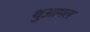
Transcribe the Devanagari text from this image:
थुआमल